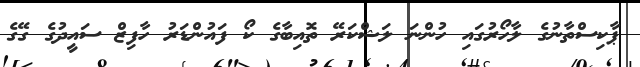
ޕާކިސްތާނުގެ ލާހޯރުގައި ހުންނަ ލަޝްކަރޭ ތޮއިބާގެ ކޯ ފައުންޑަރު ހާފިޒް ސައީދުގެ ގޭގެ